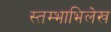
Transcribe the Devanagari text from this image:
स्तम्भाभिलेख